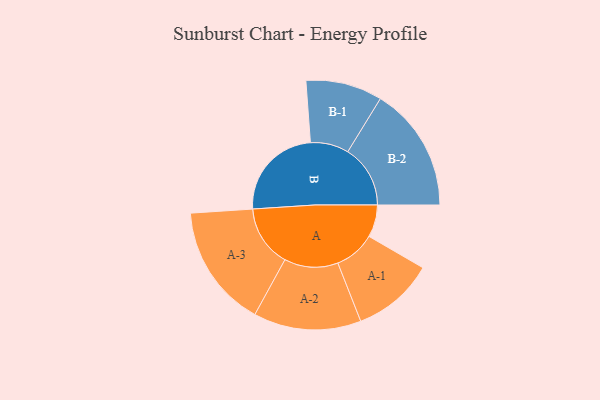
{"axis": {"x": "Segment", "y": "Value"}, "legend": ["", "A", "B"], "data": [{"x": "A", "y": 129, "type": ""}, {"x": "B", "y": 383, "type": ""}, {"x": "A-1", "y": 164, "type": "A"}, {"x": "A-2", "y": 215, "type": "A"}, {"x": "A-3", "y": 246, "type": "A"}, {"x": "B-1", "y": 153, "type": "B"}, {"x": "B-2", "y": 250, "type": "B"}]}